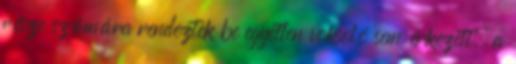
része számára rendeztek be egyetlen voksoló sem érkezett, a